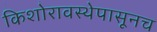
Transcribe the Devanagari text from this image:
किशोरावस्थेपासूनच